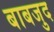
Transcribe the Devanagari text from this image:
बाबजुद